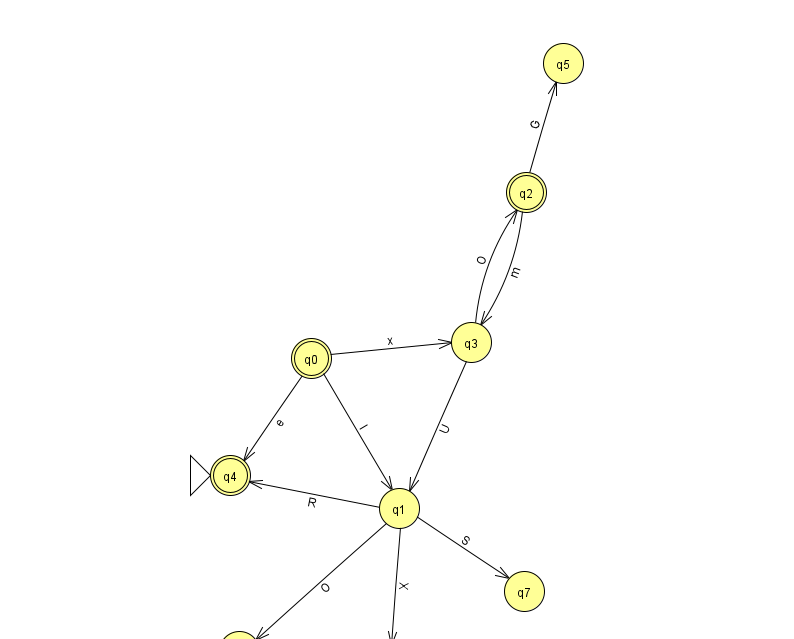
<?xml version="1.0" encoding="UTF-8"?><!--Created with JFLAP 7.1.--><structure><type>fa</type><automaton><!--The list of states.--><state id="0" name="q0"><x>311.0</x><y>345.0</y><final/></state><state id="1" name="q1"><x>399.0</x><y>495.0</y></state><state id="2" name="q2"><x>526.0</x><y>179.0</y><final/></state><state id="3" name="q3"><x>471.0</x><y>329.0</y></state><state id="4" name="q4"><x>230.0</x><y>462.0</y><initial/><final/></state><state id="5" name="q5"><x>563.0</x><y>50.0</y></state><state id="6" name="q6"><x>388.0</x><y>651.0</y></state><state id="7" name="q7"><x>524.0</x><y>578.0</y></state><state id="8" name="q8"><x>239.0</x><y>638.0</y></state><!--The list of transitions.--><transition><from>0</from><to>1</to><read>l</read></transition><transition><from>1</from><to>8</to><read>O</read></transition><transition><from>0</from><to>4</to><read>e</read></transition><transition><from>2</from><to>3</to><read>m</read></transition><transition><from>3</from><to>2</to><read>O</read></transition><transition><from>1</from><to>7</to><read>S</read></transition><transition><from>1</from><to>4</to><read>R</read></transition><transition><from>3</from><to>1</to><read>U</read></transition><transition><from>0</from><to>3</to><read>x</read></transition><transition><from>1</from><to>6</to><read>X</read></transition><transition><from>2</from><to>5</to><read>G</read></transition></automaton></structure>